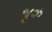
જૂઝ